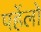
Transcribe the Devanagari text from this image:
पहेंलो